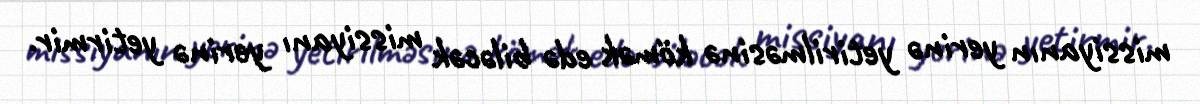
missiyanın yerinə yetirilməsinə kömək edə biləcək missiyanı yerinə yetirmir.